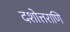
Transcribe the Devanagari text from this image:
दशोत्तराणि